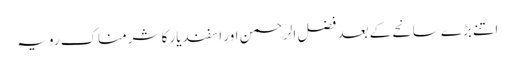
اتنے بڑے سانحے کے بعد فضل الرحمن اور اسفندیار کا شرمناک رویہ